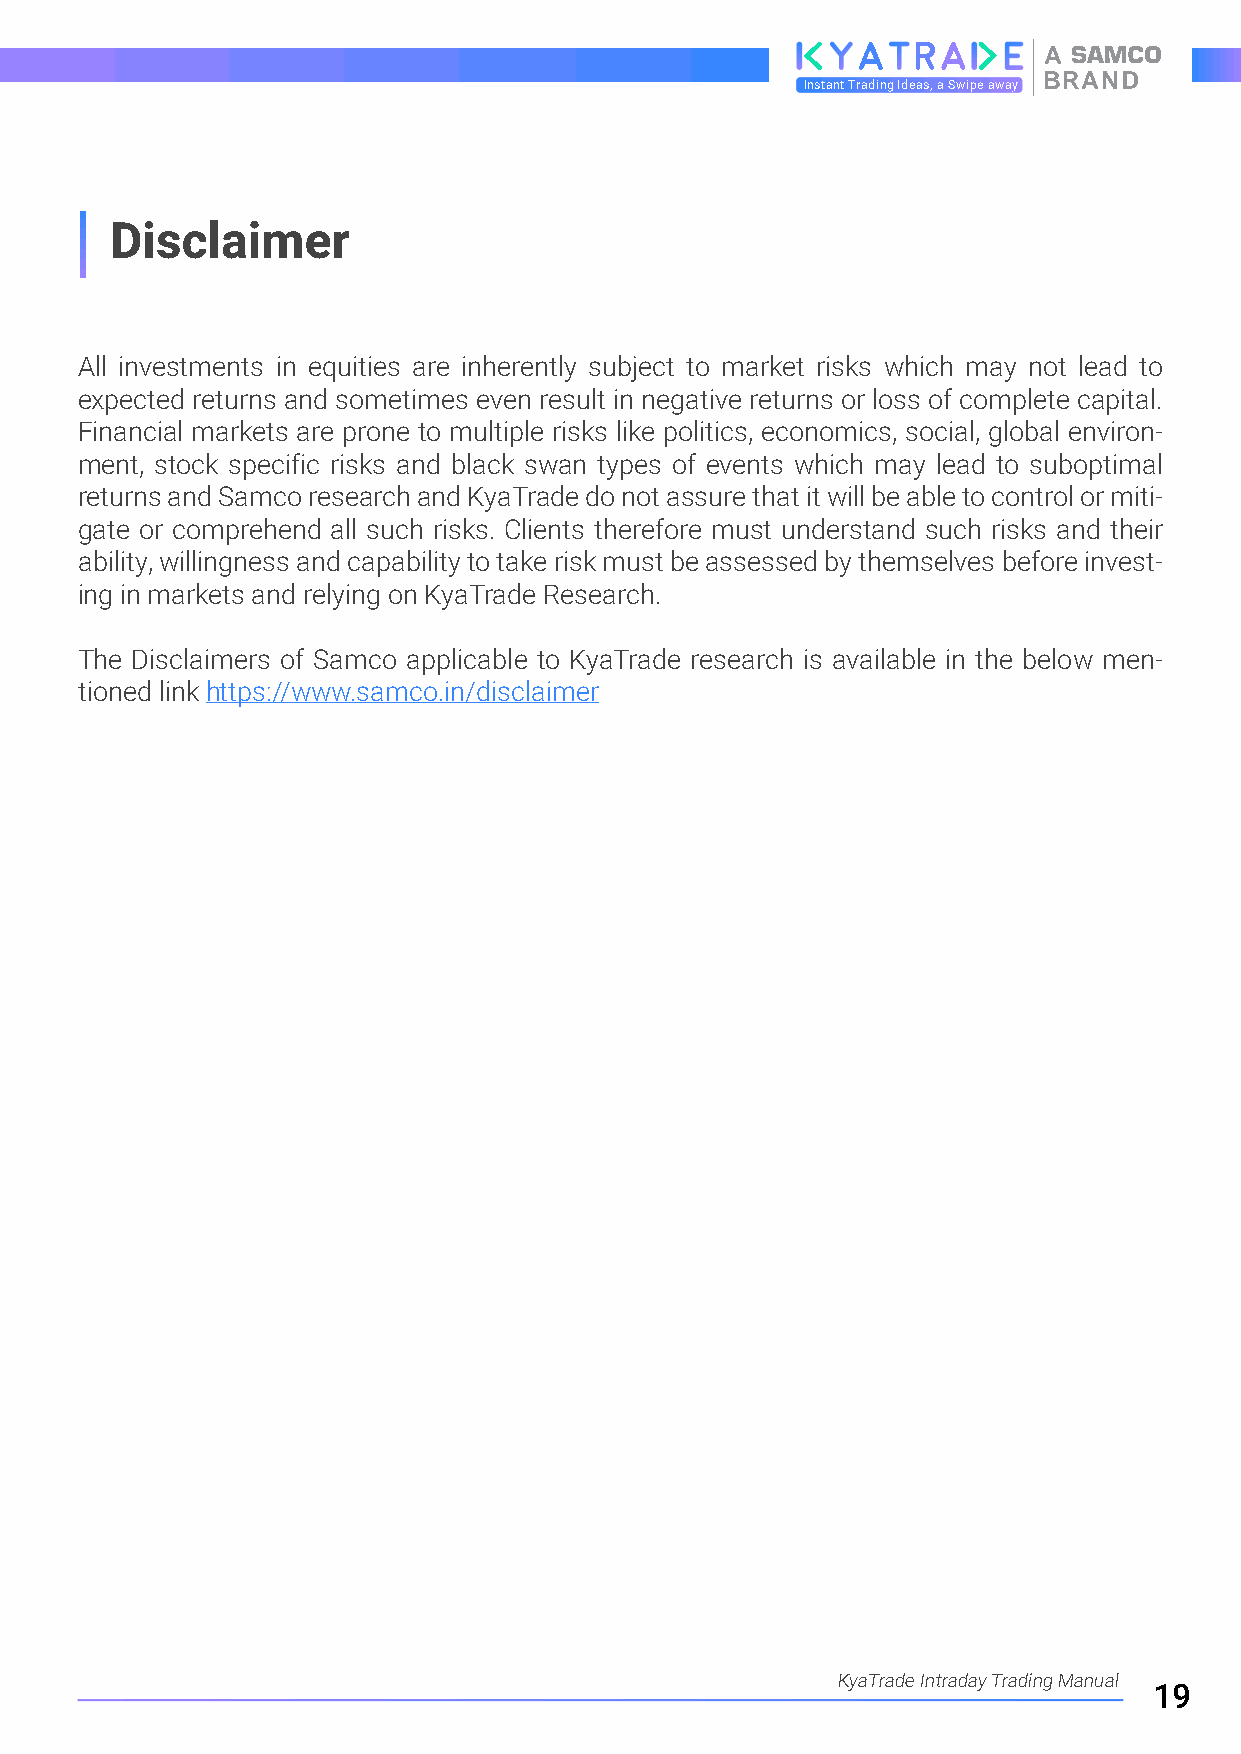
A
 BRAND
 Instant Trading Ideas, a Swipe away
 Disclaimer
 All investments in equities are inherently subject to market risks which may not lead to
 expected returns and sometimes even result in negative returns or loss of complete capital.
 Financial markets are prone to multiple risks like politics, economics, social, global environ-
 ment, stock specific risks and black swan types of events which may lead to suboptimal
 returns and Samco research and KyaTrade do not assure that it will be able to control or miti-
 gate or comprehend all such risks. Clients therefore must understand such risks and their
 ability, willingness and capability to take risk must be assessed by themselves before invest-
 ing in markets and relying on KyaTrade Research.
 The Disclaimers of Samco applicable to KyaTrade research is available in the below men-
 tioned link https://www.samco.in/disclaimer
 KyaTrade Intraday Trading Manual
 19